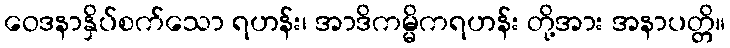
ဝေဒနာနှိပ်စက်သော ရဟန်း၊ အာဒိကမ္မိကရဟန်း တို့အား အနာပတ္တိ။